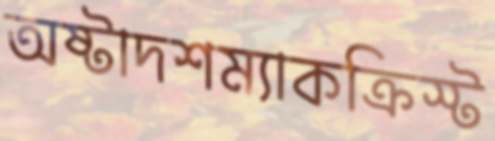
অষ্টাদশম্যাকক্রিস্ট